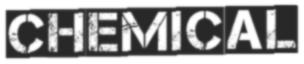
CHEMICAL